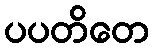
ပပတိတေ